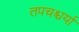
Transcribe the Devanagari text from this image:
तपचश्चर्या